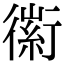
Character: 𧗼